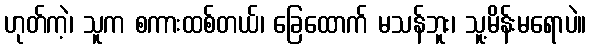
ဟုတ်ကဲ့၊ သူက စကားထစ်တယ်၊ ခြေထောက် မသန်ဘူး၊ သူ့မိန်းမရောပဲ။